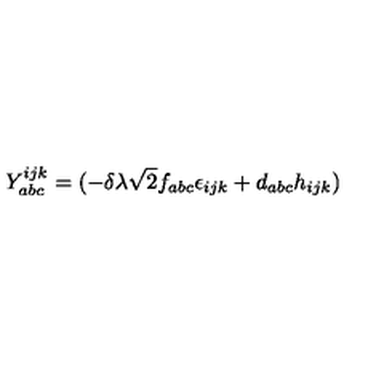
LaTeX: Y _ { a b c } ^ { i j k } = ( - \delta \lambda \sqrt { 2 } f _ { a b c } \epsilon _ { i j k } + d _ { a b c } h _ { i j k } )